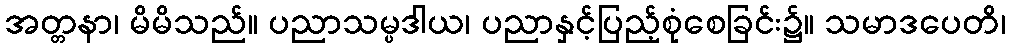
အတ္တနာ၊ မိမိသည်။ ပညာသမ္ပဒါယ၊ ပညာနှင့်ပြည့်စုံစေခြင်း၌။ သမာဒပေတိ၊